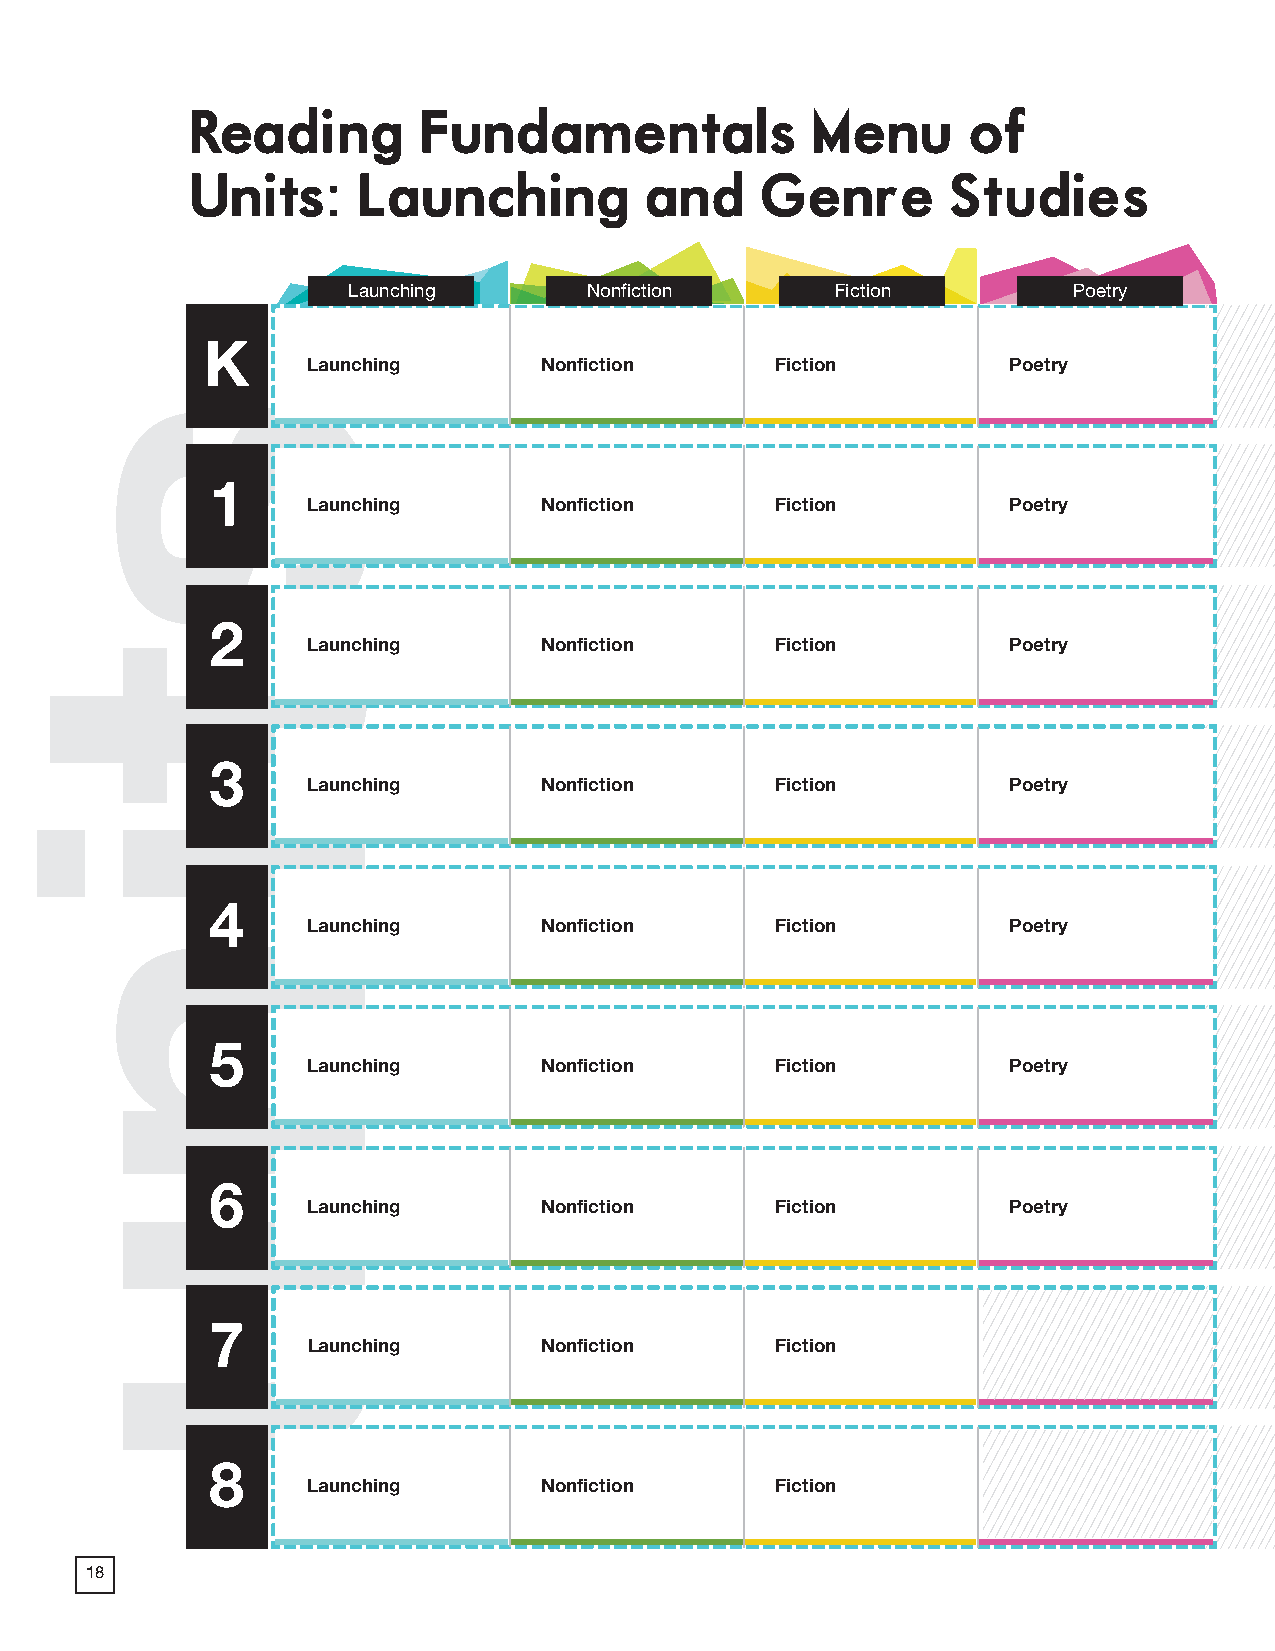
2018 ProdSamp_Layout 1 7/28/17 12:08 PM Page 70
 Reading        Fundamentals              Menu      of
 Units:     Launching          and    Genre        Studies
 Launching       Nonfiction      Fiction         Poetry
 K
 Launching       Nonfiction     Fiction         Poetry
 1
 Launching       Nonfiction     Fiction         Poetry
 2
 Launching       Nonfiction     Fiction         Poetry
 3
 Launching       Nonfiction     Fiction         Poetry
 4
 Launching       Nonfiction     Fiction         Poetry
 5
 Launching       Nonfiction     Fiction         Poetry
 6
 Launching       Nonfiction     Fiction         Poetry
 7
 Launching       Nonfiction     Fiction
 8
 Launching       Nonfiction     Fiction
 18
 55
 stinu